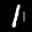
Label: 1